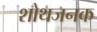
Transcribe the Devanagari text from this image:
शोथजनक